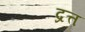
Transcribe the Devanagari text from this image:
द्रत्त